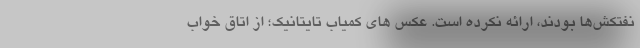
نفتکش‌ها بودند، ارائه نکرده است. عکس های کمیاب تایتانیک؛ از اتاق خواب